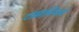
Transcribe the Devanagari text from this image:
टांझानियाने